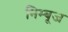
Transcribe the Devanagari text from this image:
निम्बूज